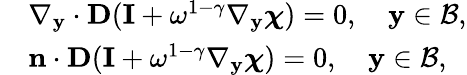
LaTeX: \begin{array}{rl}&{\nabla_{\mathbf y}\cdot\textbf{D}(\mathbf I+\omega^{1-\gamma}\nabla_{\mathbf y}\boldsymbol{\chi})=0,\quad\mathbf y\in\mathcal B,}\\ &{\mathbf n\cdot\textbf{D}(\mathbf I+\omega^{1-\gamma}\nabla_{\mathbf y}\boldsymbol{\chi})=0,\quad\mathbf y\in\mathcal B,}\end{array}